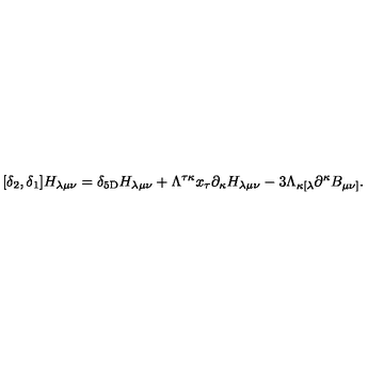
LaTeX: [ \delta _ { 2 } , \delta _ { 1 } ] H _ { \lambda \mu \nu } = \delta _ { 5 \mathrm { D } } H _ { \lambda \mu \nu } + \Lambda ^ { \tau \kappa } x _ { \tau } \partial _ { \kappa } H _ { \lambda \mu \nu } - 3 \Lambda _ { \kappa [ \lambda } \partial ^ { \kappa } B _ { \mu \nu ] } .